Vaccination North-Western Provinces and Oudh 1896-1901 - 1896-1901
Year: 1896
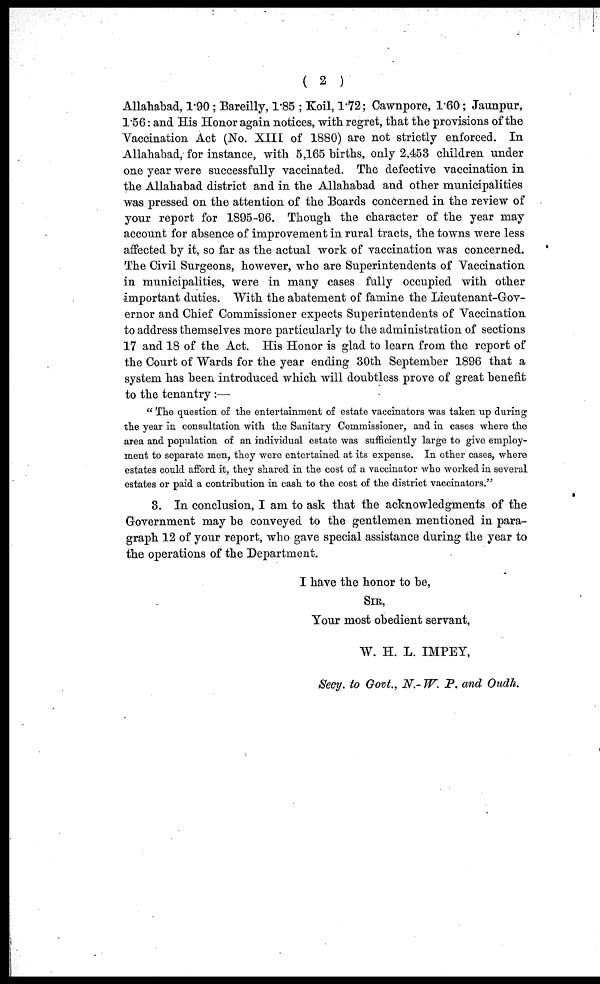
( 2 )
Allahabad, 1.90 ; Bareilly, 1.85 ; Koil, 1.72; Cawnpore, 1.60 ; Jaunpur,
1.56: and His Honor again notices, with regret, that the provisions of the
Vaccination Act (No. XIII of 1880) are not strictly enforced. In
Allahabad, for instance, with 5,165 births, only 2,453 children under
one year were successfully vaccinated. The defective vaccination in
the Allahabad district and in the Allahabad and other municipalities
was pressed on the attention of the Boards concerned in the review of
your report for 1895-96. Though the character of the year may
account for absence of improvement in rural tracts, the towns were less
affected by it, so far as the actual work of vaccination was concerned.
The Civil Surgeons, however, who are Superintendents of Vaccination
in municipalities, were in many cases fully occupied with other
important duties. With the abatement of famine the Lieutenant-Gov-
ernor and Chief Commissioner expects Superintendents of Vaccination
to address themselves more particularly to the administration of sections
17 and 18 of the Act. His Honor is glad to learn from the report of
the Court of Wards for the year ending 30th September 1896 that a
system has been introduced which will doubtless prove of great benefit
to the tenantry :—
" The question of the entertainment of estate vaccinators was taken up during
the year in consultation with the Sanitary Commissioner, and in cases where the
area and population of an individual estate was sufficiently large to give employ-
ment to separate men, they were entertained at its expense. In other cases, where
estates could afford it, they shared in the cost of a vaccinator who worked in several
estates or paid a contribution in cash to the cost of the district vaccinators."
3. In conclusion, I am to ask that the acknowledgments of the
Government may be conveyed to the gentlemen mentioned in para-
graph 12 of your report, who gave special assistance during the year to
the operations of the Department.
I have the honor to be,
SIR,
Your most obedient servant,
W. H. L. IMPEY,
Secy. to Govt., N.- W. P. and Oudh.